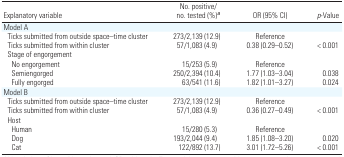
<table><thead><tr><td><b>Explanatory variable</b></td><td><b>No. positive/no. tested (%)a</b></td><td><b>OR (95% CI)</b></td><td><b><i>p</i>-Value</b></td></tr></thead><tbody><tr><td colspan="4">Model A</td></tr><tr><td> Ticks submitted from outside space–time cluster</td><td>273/2,139 (12.9)</td><td>Reference</td><td></td></tr><tr><td> Ticks submitted from within cluster</td><td>57/1,083 (4.9)</td><td>0.38 (0.29–0.52)</td><td>&lt; 0.001</td></tr><tr><td colspan="4"> Stage of engorgement</td></tr><tr><td>No engorgement</td><td>15/253 (5.9)</td><td>Reference</td><td></td></tr><tr><td>Semiengorged</td><td>250/2,394 (10.4)</td><td>1.77 (1.03–3.04)</td><td>0.038</td></tr><tr><td>Fully engorged</td><td>63/541 (11.6)</td><td>1.82 (1.01–3.27)</td><td>0.024</td></tr><tr><td colspan="4">Model B</td></tr><tr><td> Ticks submitted from outside space–time cluster</td><td>273/2,139 (12.9)</td><td>Reference</td><td></td></tr><tr><td> Ticks submitted from within cluster</td><td>57/1,083 (4.9)</td><td>0.36 (0.27–0.49)</td><td>&lt; 0.001</td></tr><tr><td colspan="4"> Host</td></tr><tr><td>Human</td><td>15/280 (5.3)</td><td>Reference</td><td></td></tr><tr><td>Dog</td><td>193/2,044 (9.4)</td><td>1.85 (1.08–3.20)</td><td>0.020</td></tr><tr><td>Cat</td><td>122/892 (13.7)</td><td>3.01 (1.72–5.26)</td><td>&lt; 0.001</td></tr></tbody></table>